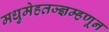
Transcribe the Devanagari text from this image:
मधुमेहतज्ज्ञम्हणून